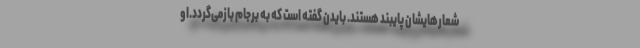
شعارهایشان پایبند هستند. بایدن گفته است كه به برجام باز‌می‌گردد.‌او